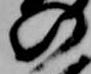
の